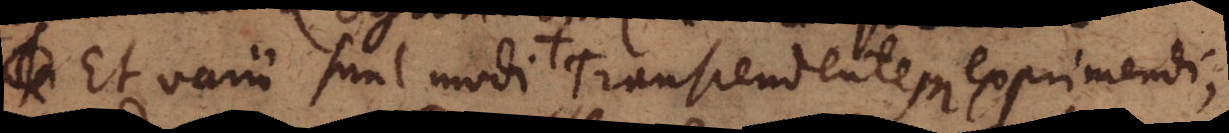
Et varii sunt modi + Transcendentem exprimendi,